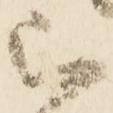
被